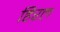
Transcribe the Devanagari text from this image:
हिरल